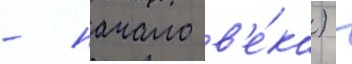
- начало в'е́ка) -